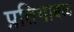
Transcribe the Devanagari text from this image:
प्रतिभाबळ